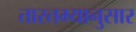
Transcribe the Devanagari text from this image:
तारतम्यानुसार